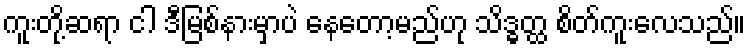
ကူးတို့ဆရာ ငါ ဒီမြစ်နားမှာပဲ နေတော့မည်ဟု သိဒ္ဓတ္ထ စိတ်ကူးလေသည်။